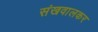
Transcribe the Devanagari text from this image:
संखवालकर